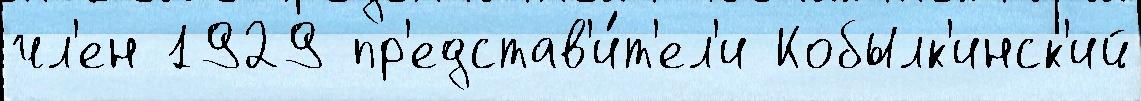
чл'ен 1929 пр'едстав'и́т'ел'и Кобылк'инск'ий